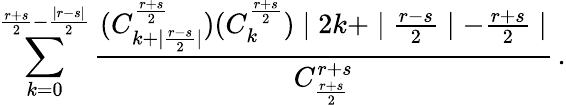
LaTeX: \sum_{k=0}^{\frac{r+s}{2}-\frac{\mid r-s\mid}{2}}\frac{(C_{k+\mid\frac{r-s}{2}\mid}^{\frac{r+s}{2}})(C_{k}^{\frac{r+s}{2}})\mid 2k+\mid\frac{r-s}{2}\mid-\frac{r+s}{2}\mid}{C_{\frac{r+s}{2}}^{r+s}}\, .